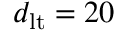
d _ { \mathrm { l t } } = 2 0